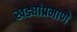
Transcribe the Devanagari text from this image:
खड्यांप्रमाणे